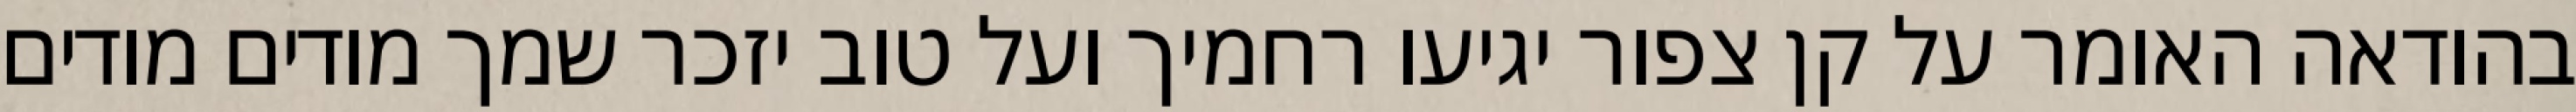
בהודאה האומר על קן צפור יגיעו רחמיך ועל טוב יזכר שמך מודים מודים